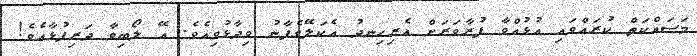
މަސައްކަތް ކުރައްވައި އުޅުއްވާ ފުރާވަރަށް އެރިހިނދު އެކަލޭގެފާނު ވިދާޅުވިއެވެ. އޭ ލޯބިވާ ދަރިފުޅާއެވެ!